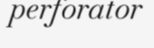
perforator